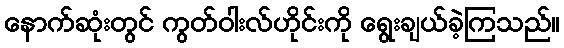
နောက်ဆုံးတွင် ကွတ်ဝါးလ်ဟိုင်းကို ရွေးချယ်ခဲ့ကြသည်။